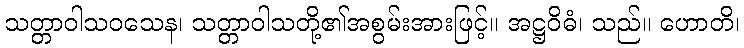
သတ္တာဝါသဝသေန၊ သတ္တာဝါသတို့၏အစွမ်းအားဖြင့်။ အဋ္ဌဝိဓံ၊ သည်။ ဟောတိ၊